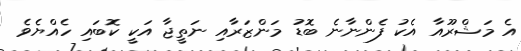
އެ މަޝްރޫއާ އެކު ފެންނާނެ ބޮޑު މަންޒަރާއި ނަތީޖާ އަކީ ކޮބައި ހެއްޔެވެ